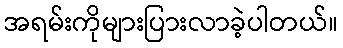
အရမ်းကိုများပြားလာခဲ့ပါတယ်။